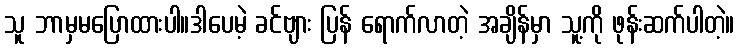
သူ ဘာမှမပြောထားပါ။ဒါပေမဲ့ ခင်ဗျား ပြန် ရောက်လာတဲ့ အချိန်မှာ သူ့ကို ဖုန်းဆက်ပါတဲ့။